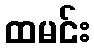
ထမင်း